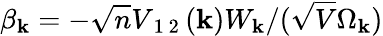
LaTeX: \beta_{\mathbf{k}}=-\sqrt{n}V_{\mathrm{~1~2~}}(\mathbf{k})W_{\mathbf{k}}/(\sqrt{V}\Omega_{\mathbf{k}})